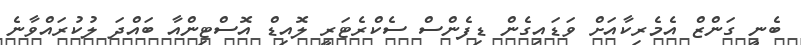
ބެނީ ގަންޒް އެމެރިކާއަށް ވަޑައިގެން ޑިފެންސް ސެކްރެޓަރީ ލޮއިޑް އޮސްޓިންއާ ބައްދަ ލުކުރައްވާނެ